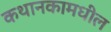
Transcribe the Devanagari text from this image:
कथानकामधील